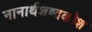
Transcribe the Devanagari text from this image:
नानार्थशब्दकोश